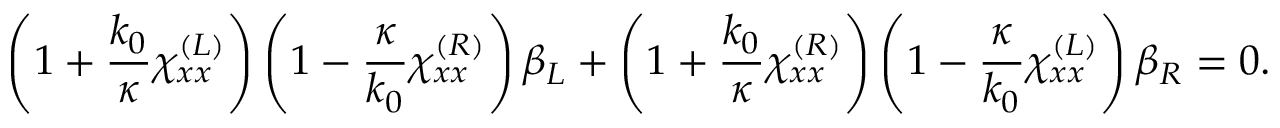
\left( 1 + \frac { k _ { 0 } } { \kappa } \chi _ { x x } ^ { ( L ) } \right) \left( 1 - \frac { \kappa } { k _ { 0 } } \chi _ { x x } ^ { ( R ) } \right) \beta _ { L } + \left( 1 + \frac { k _ { 0 } } { \kappa } \chi _ { x x } ^ { ( R ) } \right) \left( 1 - \frac { \kappa } { k _ { 0 } } \chi _ { x x } ^ { ( L ) } \right) \beta _ { R } = 0 .